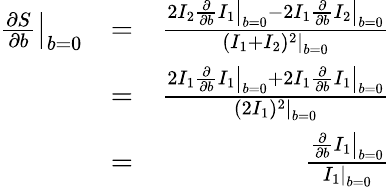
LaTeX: \begin{array}{rlr}{\left.\frac{\partial S}{\partial b}\right|_{b=0}}&{=}&{\frac{2I_{2}\left.\frac{\partial}{\partial b}I_{1}\right|_{b=0}-2I_{1}\left.\frac{\partial}{\partial b}I_{2}\right|_{b=0}}{\left.(I_{1}+I_{2})^{2}\right|_{b=0}}}\\ &{=}&{\frac{2I_{1}\left.\frac{\partial}{\partial b}I_{1}\right|_{b=0}+2I_{1}\left.\frac{\partial}{\partial b}I_{1}\right|_{b=0}}{\left.(2I_{1})^{2}\right|_{b=0}}}\\ &{=}&{\frac{\left.\frac{\partial}{\partial b}I_{1}\right|_{b=0}}{\left.I_{1}\right|_{b=0}}}\end{array}